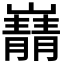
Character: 𫶠